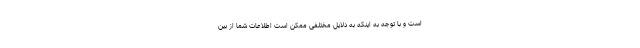
است و با توجه به اینکه به دلایل مختلفی ممکن است اطلاعات شما از بین